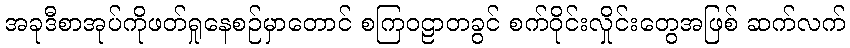
အခုဒီစာအုပ်ကိုဖတ်ရှုနေစဉ်မှာတောင် စကြဝဠာတခွင် စက်ဝိုင်းလှိုင်းတွေအဖြစ် ဆက်လက်